Scientific memoirs by medical officers of the Army of India - Part III,
Year: 1887
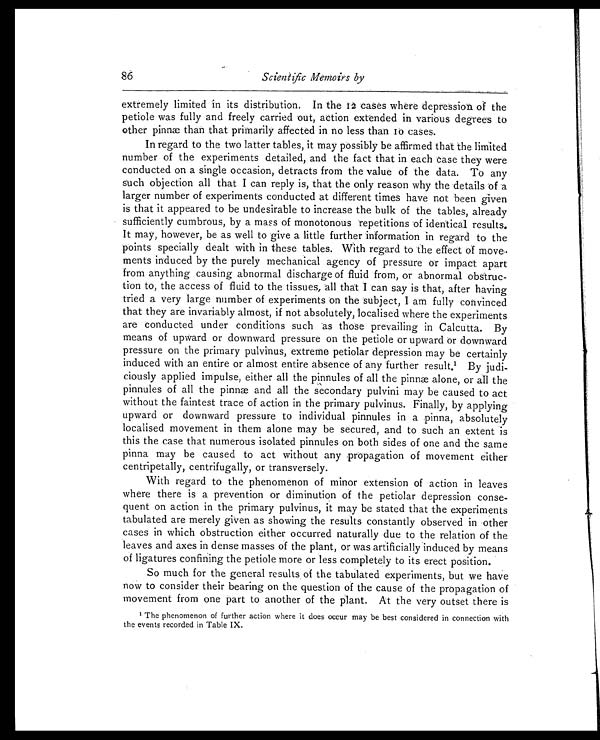
Scientific Memoirs by
extremely limited in its distribution. In the 12 cases where depression of the
petiole was fully and freely carried out, action extended in various degrees to
other pinnæ than that primarily affected in no less than 10 cases.
In regard to the two latter tables, it may possibly be affirmed that the limited
number of the experiments detailed, and the fact that in each case they were
conducted on a single occasion, detracts from the value of the data. To any
such objection all that I can reply is, that the only reason why the details of a
larger number of experiments conducted at different times have not been given
is that it appeared to be undesirable to increase the bulk of the tables, already
sufficiently cumbrous, by a mass of monotonous repetitions of identical results.
It may, however, be as well to give a little further information in regard to the
points specially dealt with in these tables. With regard to 'the effect of move
ments induced by the purely mechanical agency of pressure or impact apart
from anything causing abnormal discharge of fluid from, or abnormal obstruc-
tion to, the access of fluid to the tissues, all that I can say is that, after having
tried a very large number of experiments on the subject, I am fully convinced
that they are invariably almost, if not absolutely, localised where the experiments
are conducted under conditions such as those prevailing in Calcutta. By
means of upward or downward pressure on the petiole or upward or downward
pressure on the primary pulvinus, extreme petiolar depression may be certainly
induced with an entire or almost entire absence of any further result. 1 By judi-
ciously applied impulse, either all the pinnules of all the pinn y alone, or all the
pinnules of all the pinnæ and all the secondary pulvini may be caused to act
without the faintest trace of action in the primary pulvinus. Finally, by applying
upward or downward pressure to individual pinnules in a pinna, absolutely
localised movement in them alone may be secured, and to such an extent is
this the case that numerous isolated pinnules on both sides of one and the same
pinna may he caused to act without any propagation of movement either
centripetally, centrifugally, or transversely.
With regard to the phenomenon of minor extension of action in leaves
where there is a prevention or diminution of the petiolar depression conse-
quent on action in the primary pulvinus, it may be stated that the experiments
tabulated are merely given as showing the results constantly observed in other
cases in which obstruction either occurred naturally due to the relation of the
leaves and axes in dense masses of the plant, or was artificially induced by means
of ligatures confining the petiole more or less completely to its erect position.
So much for the general results of the tabulated experiments, but we have
now to consider their bearing on the question of the cause of the propagation of
movement from one part to another of the plant. At the very outset there is
86
1 The phenomenon of further action where it does occur may be best considered in connection with
the events recorded in Table IX.